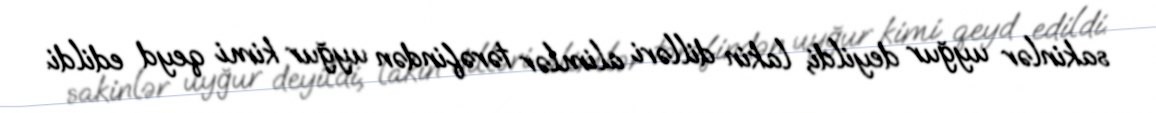
sakinlər uyğur deyildi, lakin dilləri alimlər tərəfindən uyğur kimi qeyd edildi.